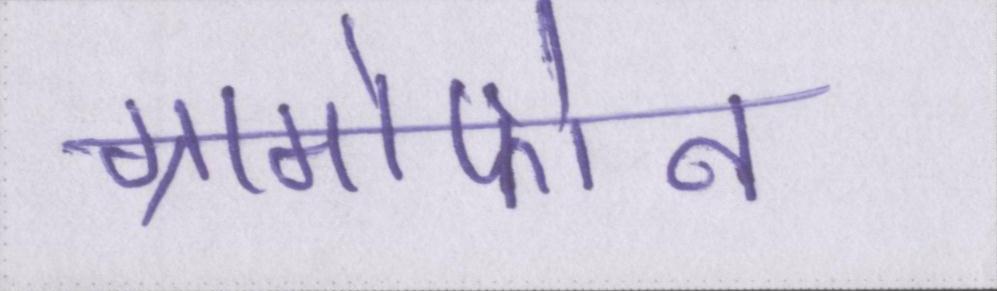
ग्रामोफोन